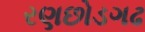
રણછોડગઢ